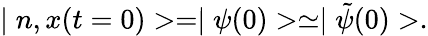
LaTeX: \mid n,x(t=0)>=\mid\psi(0)>\simeq\mid\tilde{\psi}(0)>.